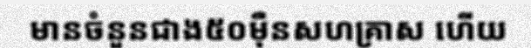
មានចំនួនជាង៥០ម៉ឺនសហគ្រាស ហើយ